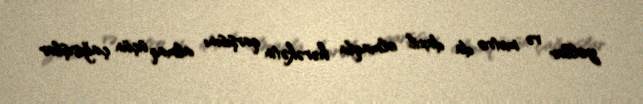
yollar və metro da daxil olmaqla hərəkətin qarşısını almaq üçün çağırışlar